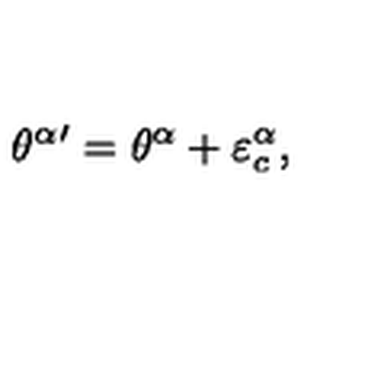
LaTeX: { \theta ^ { \alpha } } { } ^ { \prime } = { \theta ^ { \alpha } } + \varepsilon _ { c } ^ { \alpha } ,